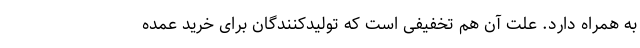
به همراه دارد. علت آن هم تخفیفی است که تولیدکنندگان برای خرید عمده